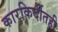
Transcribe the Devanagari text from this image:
कारकिर्दीतही